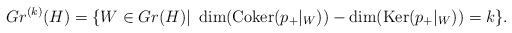
\begin{align*}Gr^{(k)} (H) = \{ W \in Gr (H)|\ \dim(\mbox{Coker}(p_+ |_W)) -\dim (\mbox{Ker} (p_+ |_W)) =k\}.\end{align*}